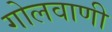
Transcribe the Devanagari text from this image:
गोलवाणी